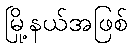
မြို့နယ်အဖြစ်